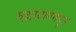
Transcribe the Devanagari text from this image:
रुद्रप्रयागमधून